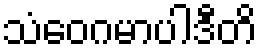
သံဝေဂမာပါဒီတိ